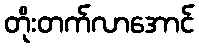
တိုးတက်လာအောင်